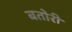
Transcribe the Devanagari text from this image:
बतोरी